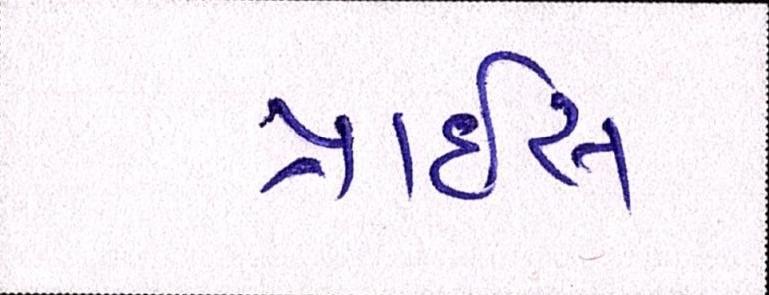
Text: પ્રાઇસ